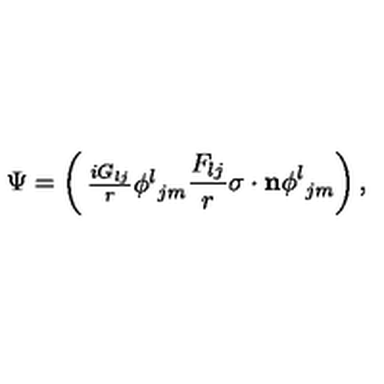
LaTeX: \Psi = \left( \begin{matrix} { { \frac { i G _ { l j } } { r } } { \phi ^ { l } } _ { j m } } \\ { { \frac { F _ { l j } } { r } } { { \mathrm { \boldmath \sigma } } \cdot { \bf n } } { \phi ^ { l } } _ { j m } } \\ \end{matrix} \right) ,